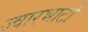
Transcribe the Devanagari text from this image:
ज्वारभाटों